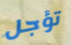
تؤجل